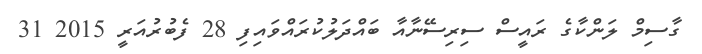
ގާސިމް ލަންކާގެ ރައީސް ސިރިސޭނާއާ ބައްދަލުކުރައްވައިފި 28 ފެބުރުއަރީ 2015 31